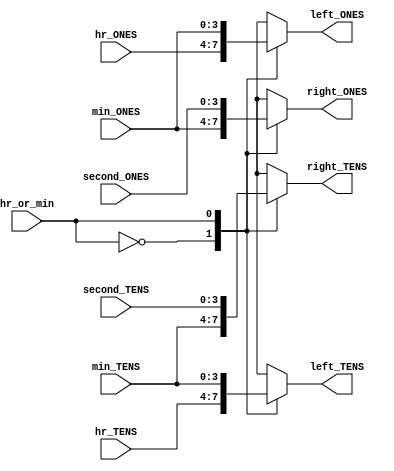
module mux_time_mode(
    input hr_or_min,
    input [3:0] second_ONES,
    input [3:0] second_TENS,
    input [3:0] min_ONES,
    input [3:0] min_TENS,
    input [3:0] hr_ONES,
    input [3:0] hr_TENS,

    output reg [3:0] left_ONES,
    output reg [3:0] left_TENS,
    output reg [3:0] right_ONES,
    output reg [3:0] right_TENS
);

parameter hr_min = 0, min_sec = 1;

always @(*) begin

    case (hr_or_min)

        hr_min: begin

            left_ONES = hr_ONES;
            left_TENS = hr_TENS;
            right_ONES = min_ONES;
            right_TENS = min_TENS;

        end

        min_sec: begin

            left_ONES = min_ONES;
            left_TENS = min_TENS;
            right_ONES = second_ONES;
            right_TENS = second_TENS;

        end

        default: begin

            left_ONES = hr_ONES;
            left_TENS = hr_TENS;
            right_ONES = min_ONES;
            right_TENS = min_TENS;

        end

    endcase

end

endmodule